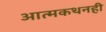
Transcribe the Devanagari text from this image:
आत्मकथनही